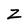
Character: Z